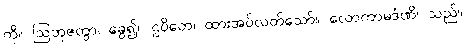
ကို။ ဩဘုဇတွာ၊ ခွေ၍။ ဌပိတေ၊ ထားအပ်လတ်သော်။ လောကာမဒံဏိ၊ သည်။